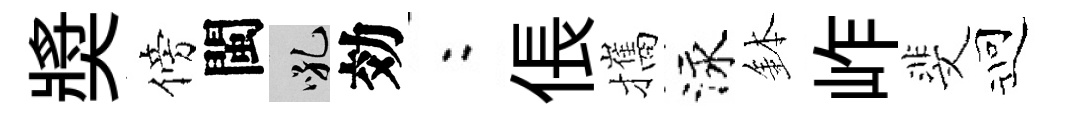
奬傍閩吼効欸倀攜泳鉢岞斐迎